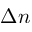
\Delta n